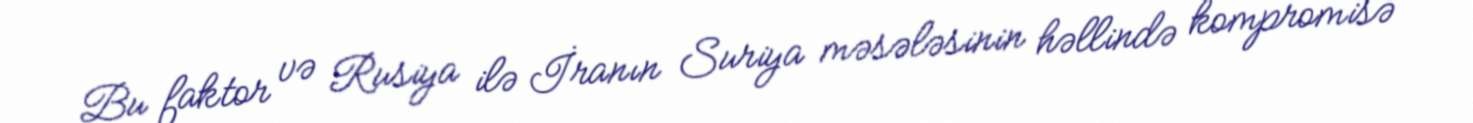
Bu faktor və Rusiya ilə İranın Suriya məsələsinin həllində kompromisə